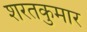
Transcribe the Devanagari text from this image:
शरतकुमार